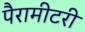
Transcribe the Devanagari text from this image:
पैरामीटरी